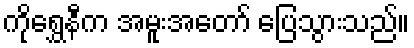
ကိုရွှေနီက အမူးအတော် ပြေသွားသည်။